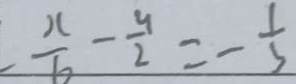
- \frac { x } { 6 } - \frac { y } { 2 } = - \frac { 1 } { 3 }